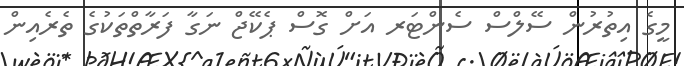
މީގެ އިތުރުން ސޭލްސް ސެންޓަރ އަށް ގޮސް ޕެކޭޖް ނަގާ ފަރާތްތަކުގެ ތެރެއިން